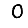
Digit: 0